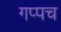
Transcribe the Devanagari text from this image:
गप्पच